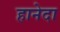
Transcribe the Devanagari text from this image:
हानेदा